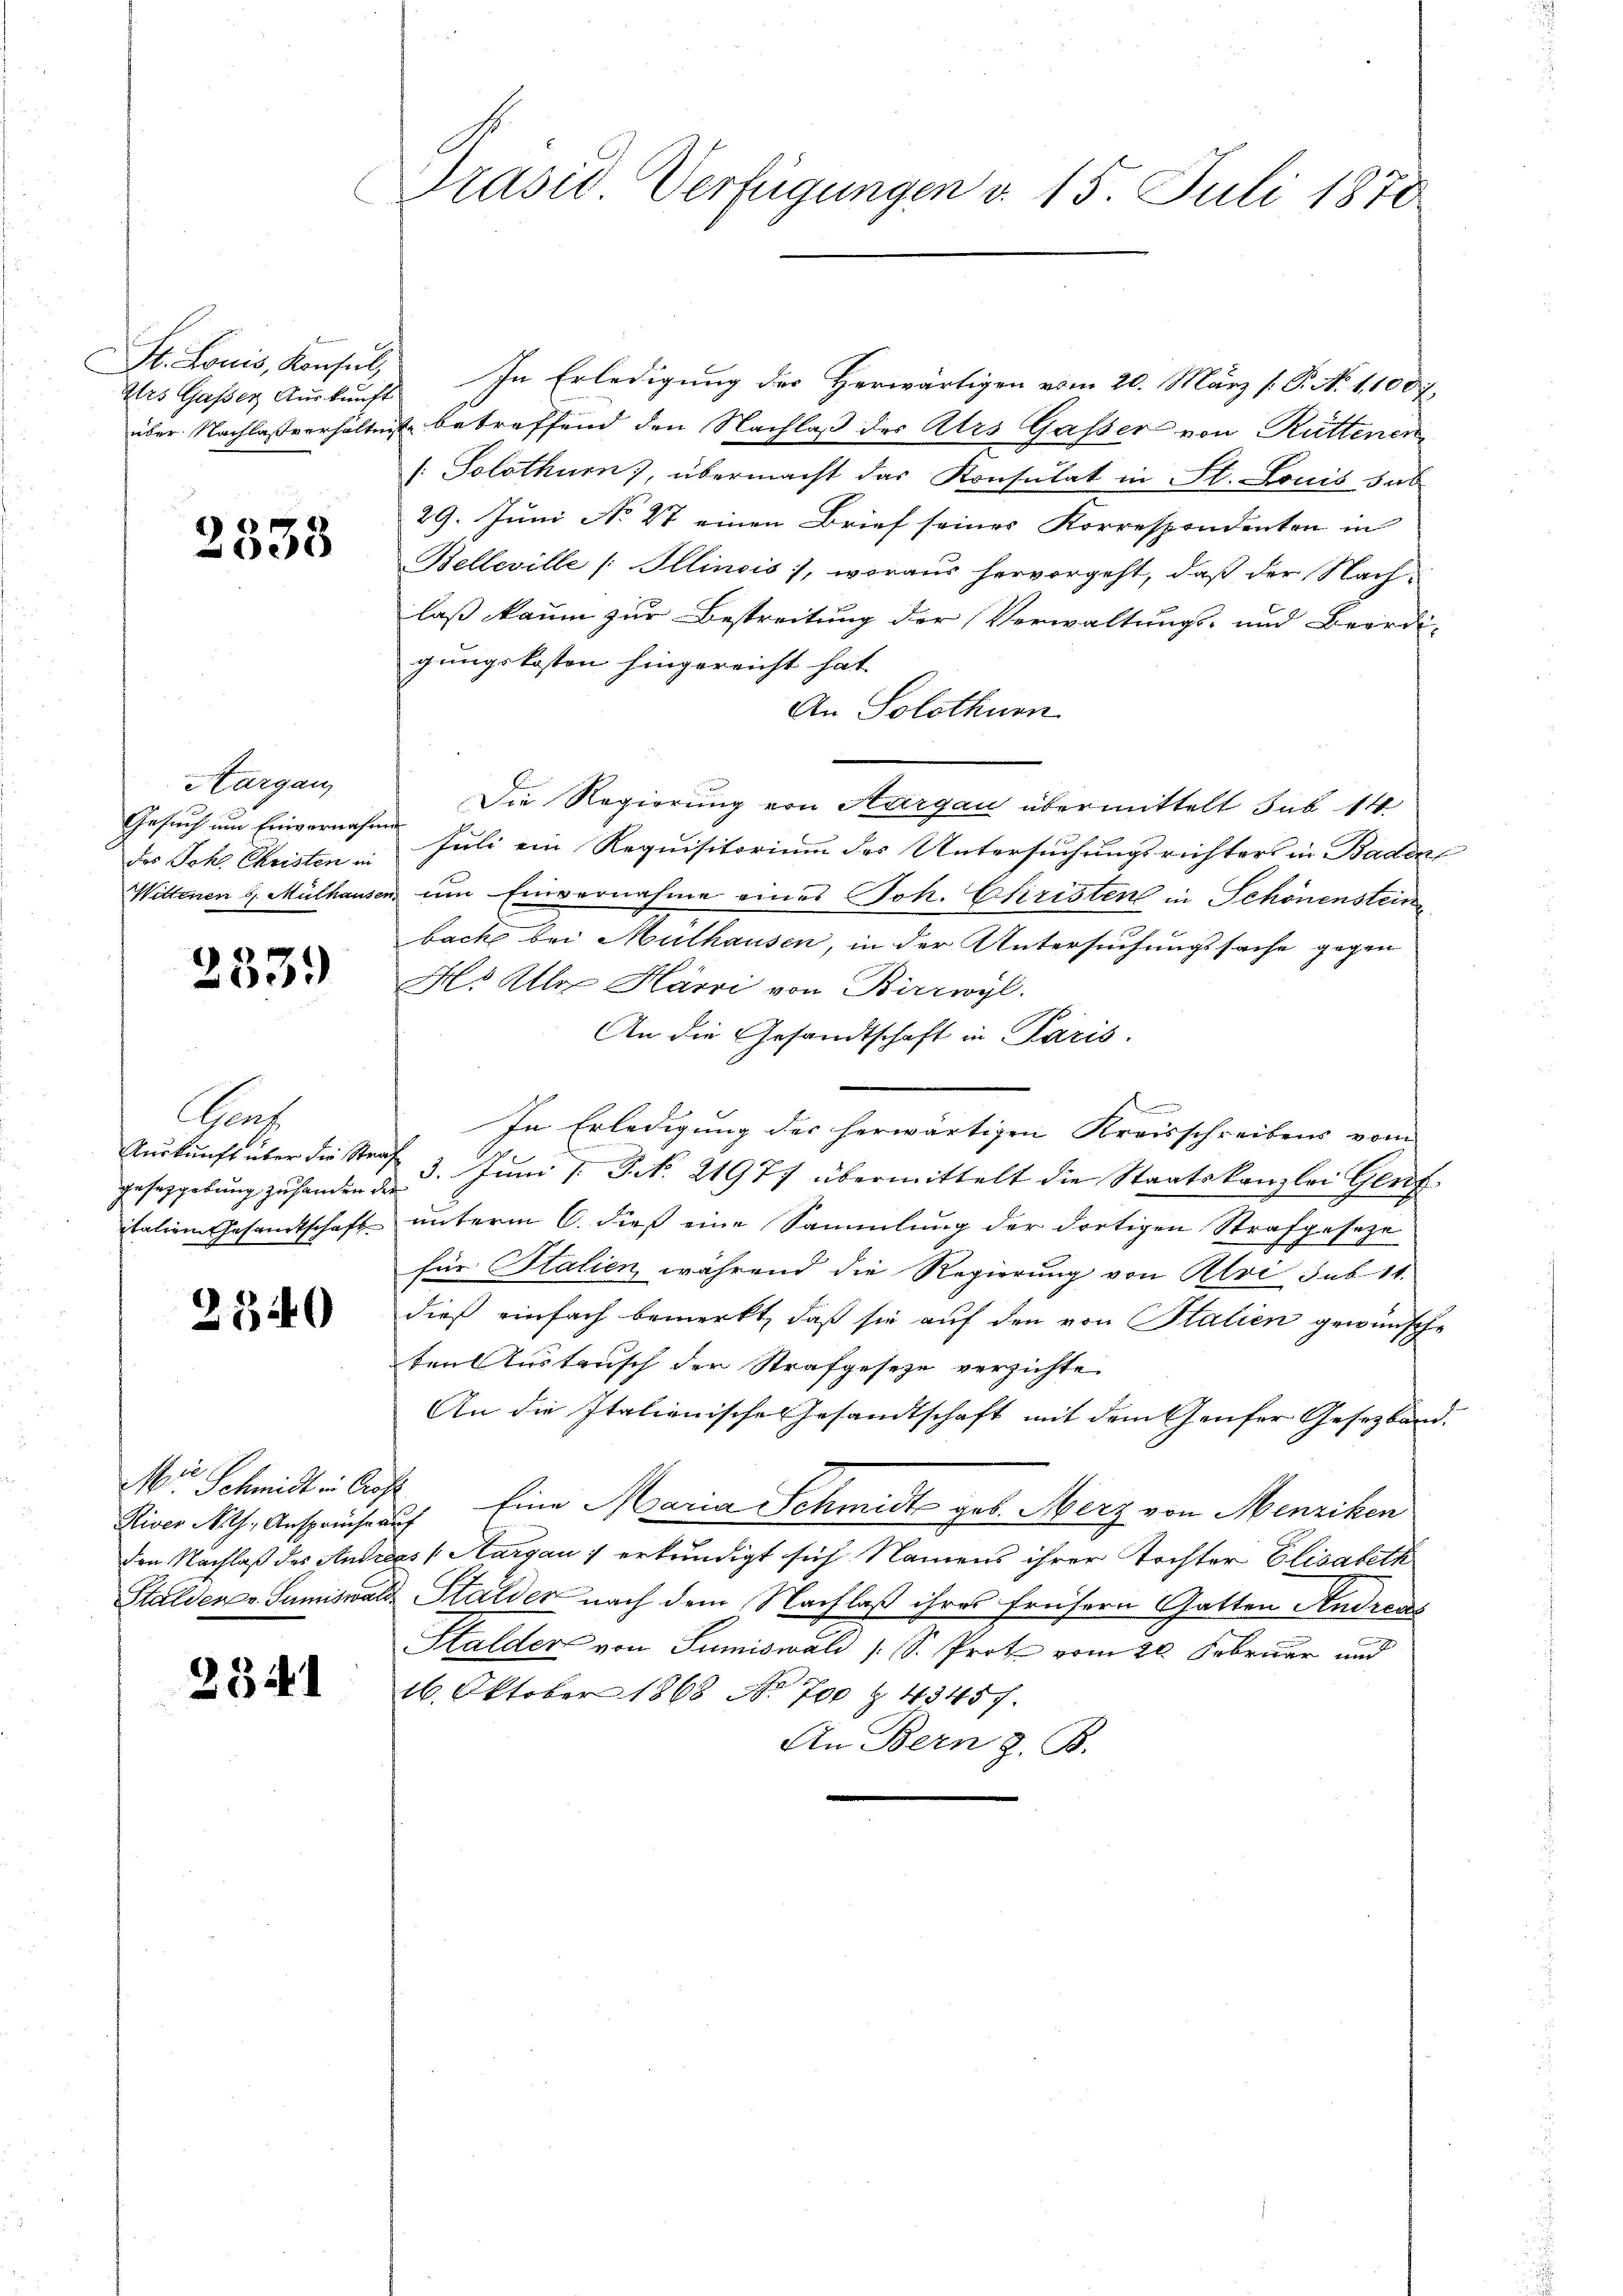
Urs Gasser Auskunft

2335

Aargau
Gesuch um Einvernahmen

2531)

Gras
gesetzgebung zu handen der

2340

Mir Schmidt in Auf

2341

Prasis Verfügungen v. 15. Juli 1870

St. Louis, Konsul, In Erledigung der Herwärtigen vom 20. März (. P. N. 11007.
über Nachlaßverhältnis betreffend den Nachlaß des Ars Gasser von Rüttenen
[: Solothurn), übermacht das Konsulat in St. Louis sub
29. Juni No 27 einen Brief seines Korrespondenten in
Belleville (Ollinois), woraus hervorgeht, daß der Nach-
laß kaum zur Bestreitung der Verwaltungs- und Beord-
gungskosten hingereicht hat
An Solothurn
Die Regierung von Aargau übermittelt sub 14
des Joh. Christen in Juli ein Requisitorium des Untersuchungsrichters in Baden
Wiltenen G. Mülhausen, um Einvernahme eines Joh. Christen in Schönensteine
bache bei Mülhausen, in der Untersuchungssache gegen
H. Aller Härri von Birrwyl
An die Gesandtschaft in Paris.
m
In Erledigung des herwärtigen Kreisschreibens vom
Auskunft über die Straße 3. Juni d. P. Nr. 21977 übermittelt die Staatskanzlei Genf
italien Gesamtschaft unterm 6. dieß eine Sammlung der dortigen Strafgesetze
für Stalien, während die Regierung von Alvi sub. 11.
dieß einfach bemerkt, daß sie auf den von Stalien gewünsche
ten Austausch den Strafgeseze verzichte.
An die Italienische Gesandtschaft mit dem Genfer Gesetzband.
Diver Mts. Anspruche auf Eine Maria Schmidts geb. Merz von Menziken
den Nachlaß des Andreas (Aargau) erkundigt sich Namens ihrer Tochter Elisabeth
Stalderer Sumiswald Stalder nach dem Nachlaß ihres frühern Gatten Andreas
Halders von Sumiswald (S. Prot vom 20. Februar und
16. Oktober 1868 No. 700 & 4345 f.
An Bern z. B.